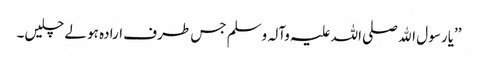
’’یا رسول اﷲ صلی اللہ علیہ وآلہ وسلم جس طرف ارادہ ہو لے چلیں۔